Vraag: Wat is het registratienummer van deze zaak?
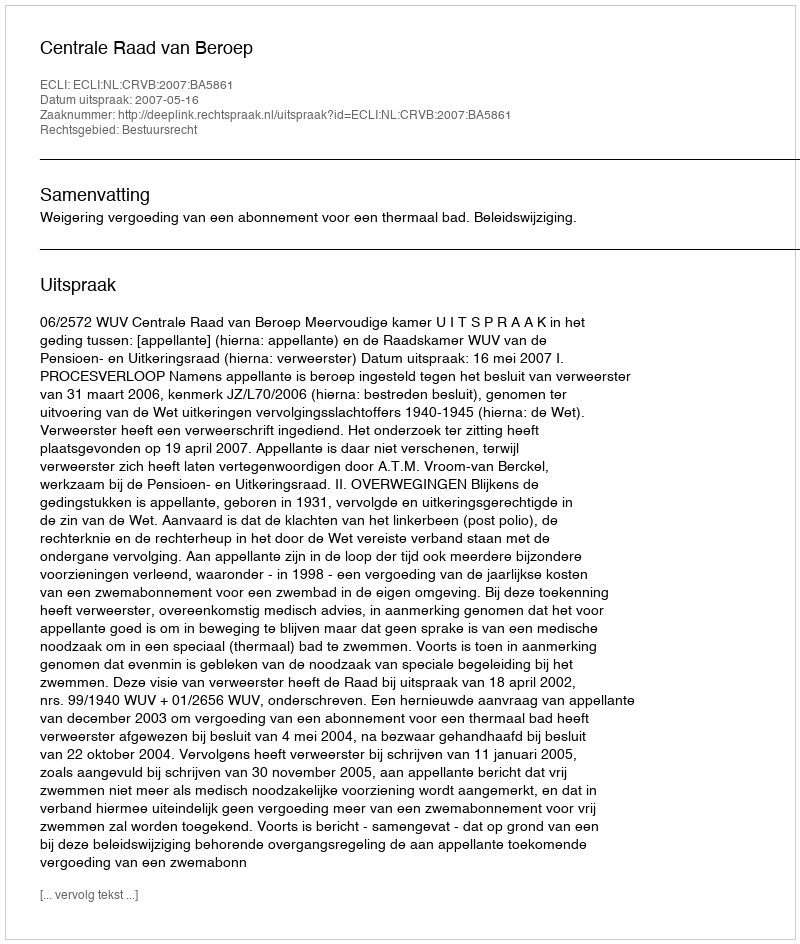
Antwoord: http://deeplink.rechtspraak.nl/uitspraak?id=ECLI:NL:CRVB:2007:BA5861